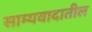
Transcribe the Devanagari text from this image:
साम्यवादातील